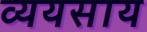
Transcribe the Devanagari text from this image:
व्ययसाय